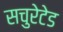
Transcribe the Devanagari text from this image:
सचुरेटेड